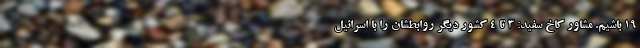
۱۹ باشیم. مشاور کاخ سفید: 3 تا ۴ کشور دیگر روابطشان را با اسرائیل